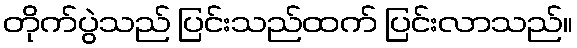
တိုက်ပွဲသည် ပြင်းသည်ထက် ပြင်းလာသည်။